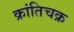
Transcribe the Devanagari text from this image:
क्रांतिचक्र